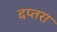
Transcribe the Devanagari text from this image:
दप्तरा